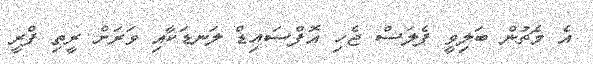
އެ މެޗުން ބަލިވީ ޕެލަސް ޖެހި އޮފްސައިޑް ލަނޑަކާއި ވަރަށް ރީތި ފްރީ